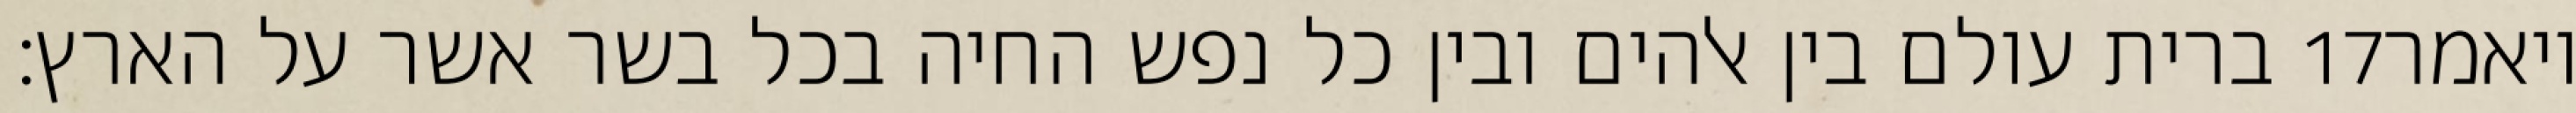
ברית עולם בין אלהים ובין כל נפש החיה בכל בשר אשר על הארץ׃ ‎17‏ ויאמר